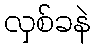
လှစ်ခနဲ